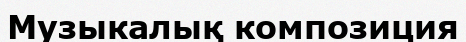
Музыкалық композиция